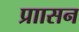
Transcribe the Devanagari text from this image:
प्राासन